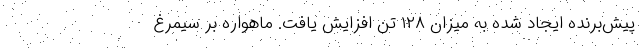
پیش‌برنده ایجاد شده به میزان ۱۲۸ تن افزایش ‌یافت. ماهواره بر سیمرغ